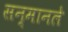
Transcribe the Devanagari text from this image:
सन्मानले